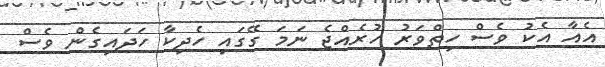
އެއާ އެކު ވެސް ހިތްވަރު ހުރެއްޖެ ނަމަ ގޭގައި ހެދިކާ ހަދައިގެން ވެސް